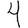
Digit: 4